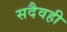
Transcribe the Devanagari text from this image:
सदैवही